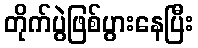
တိုက်ပွဲဖြစ်ပွားနေပြီး